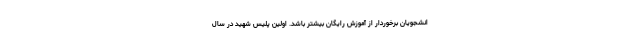
انشجویان برخوردار از آموزش رایگان بیشتر باشد. اولین پلیس شهید در سال